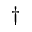
^ \dag